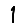
Digit: 1